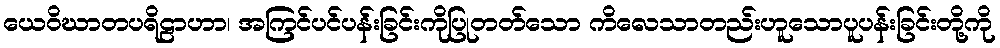
ယေဝိဃာတပရိဠာဟာ၊ အကြင်ပင်ပန်းခြင်းကိုပြုတတ်သော ကိလေသာတည်းဟူသောပူပန်းခြင်းတို့ကို